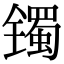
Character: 镯